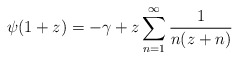
\begin{align*}\psi(1+z) = -\gamma + z \sum_{n=1}^{\infty} \frac{1}{n(z+n)}\end{align*}